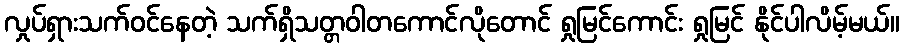
လှုပ်ရှားသက်ဝင်နေတဲ့ သက်ရှိသတ္တဝါတကောင်လိုတောင် ရှုမြင်ကောင်း ရှုမြင် နိုင်ပါလိမ့်မယ်။